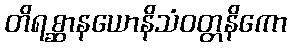
တိရစ္ဆာနယောနိသံဝတ္တနိကော